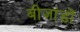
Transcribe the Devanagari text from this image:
बीजांडों